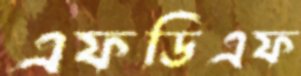
এফডিএফ